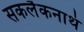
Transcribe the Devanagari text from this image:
सकलैकनाथं